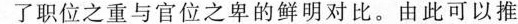
了职位之重与官位之卑的鲜明对比。由此可以推